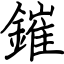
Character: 鏙